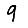
Digit: 9